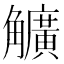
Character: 𧥌